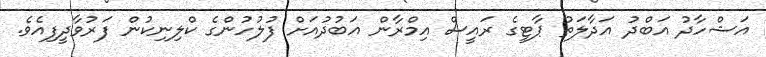
އަޝްހާދު އަބްދު އަދާލަތު ޕާޓީގެ ރައީސް އިމްރާން އަބުދުއަށް ފުލުހުންގެ ކްލިނިކުން ފަރުވާދީފިއެވެ.